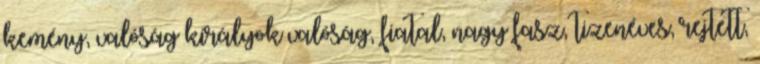
kemény, valóság királyok valóság, fiatal, nagy fasz, tizenéves, rejtett,